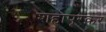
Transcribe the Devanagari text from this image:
शहापूरकर